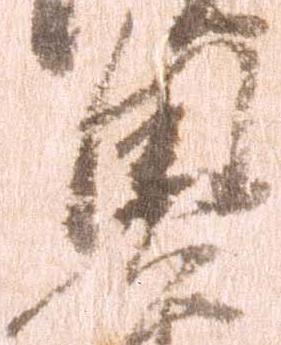
奥